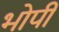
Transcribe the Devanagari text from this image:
भोपी